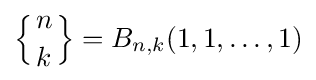
\left\{{n \atop k}\right\}=B_{n,k}(1,1,\dots ,1)